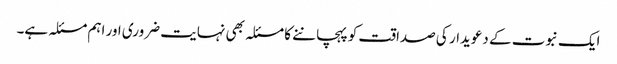
ایک نبوت کے دعویدار کی صداقت کو پہچاننے کا مسئلہ بھی نہایت ضروری اور اہم مسئلہ ہے۔